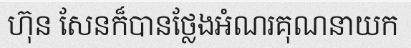
ហ៊ុន សែនក៏បានថ្លែងអំណរគុណនាយក